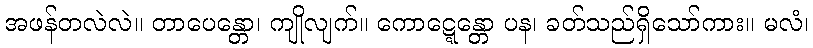
အဖန်တလဲလဲ။ တာပေန္တော၊ ကျိုလျက်။ ကောဋ္ဋေန္တော ပန၊ ခတ်သည်ရှိသော်ကား။ မလံ၊